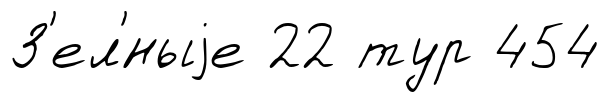
З'ел'́ныjе 22 тур 454